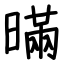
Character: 暪